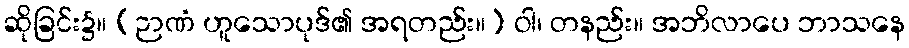
ဆိုခြင်း၌။ (ဉာဏံ ဟူသောပုဒ်၏ အရတည်း။) ဝါ၊ တနည်း။ အဘိလာပေ ဘာသနေ